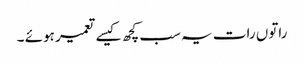
راتوں رات یہ سب کچھ کیسے تعمیر ہوئے ۔